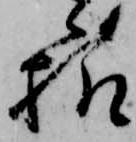
様